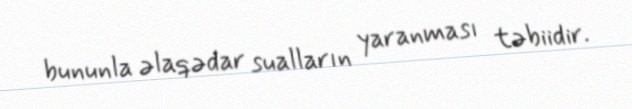
bununla əlaqədar sualların yaranması təbiidir.